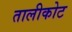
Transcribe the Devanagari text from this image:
तालीकोट